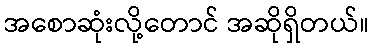
အစောဆုံးလို့တောင် အဆိုရှိတယ်။